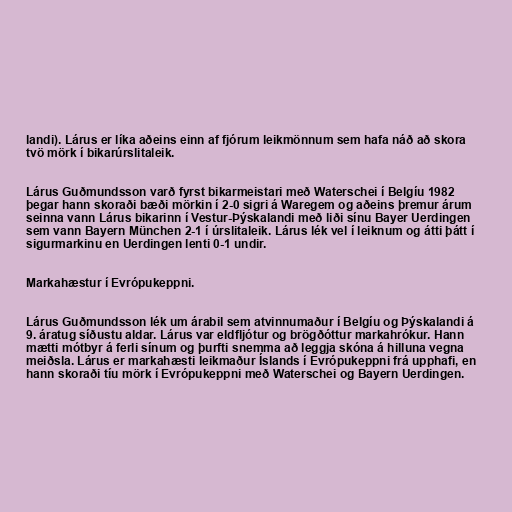
landi). Lárus er líka aðeins einn af fjórum leikmönnum sem hafa náð að skora
tvö mörk í bikarúrslitaleik.

Lárus Guðmundsson varð fyrst bikarmeistari með Waterschei í Belgíu 1982
þegar hann skoraði bæði mörkin í 2-0 sigri á Waregem og aðeins þremur árum
seinna vann Lárus bikarinn í Vestur-Þýskalandi með liði sínu Bayer Uerdingen
sem vann Bayern München 2-1 í úrslitaleik. Lárus lék vel í leiknum og átti þátt í
sigur­markinu en Uerdingen lenti 0-1 undir.

Markahæstur í Evrópukeppni.

Lárus Guðmundsson lék um árabil sem atvinnumaður í Belgíu og Þýskalandi á
9. áratug síðustu aldar. Lárus var eldfljótur og brögðóttur markahrókur. Hann
mætti mótbyr á ferli sínum og þurfti snemma að leggja skóna á hilluna vegna
meiðsla. Lárus er markahæsti leikmaður Íslands í Evrópukeppni frá upphafi, en
hann skoraði tíu mörk í Evrópukeppni með Waterschei og Bayern Uerdingen.